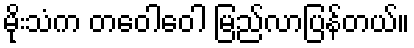
မိုးသံက တဝေါဝေါ မြည်လာပြန်တယ်။